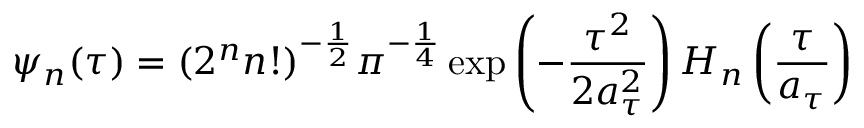
\psi _ { n } ( \tau ) = ( 2 ^ { n } n ! ) ^ { - \frac { 1 } { 2 } } \pi ^ { - \frac { 1 } { 4 } } \exp \left( - \frac { \tau ^ { 2 } } { 2 a _ { \tau } ^ { 2 } } \right) H _ { n } \left( \frac { \tau } { a _ { \tau } } \right)